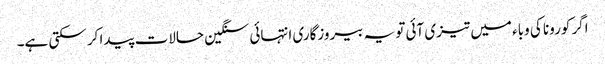
اگر کورونا کی وباء میں تیزی آئی تو یہ بیروزگاری انتہائی سنگین حالات پیدا کر سکتی ہے۔